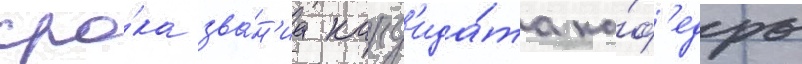
сро́ка зва́н'иа канд'ида́та ка́ф'едры